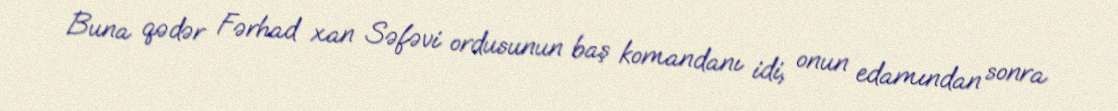
Buna qədər Fərhad xan Səfəvi ordusunun baş komandanı idi, onun edamından sonra